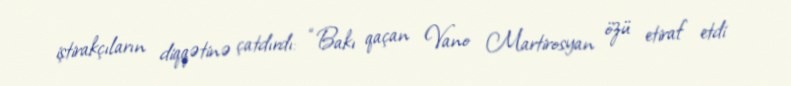
iştirakçıların diqqətinə çatdırdı: “Bakı qaçan Vano Martirosyan özü etiraf etdi